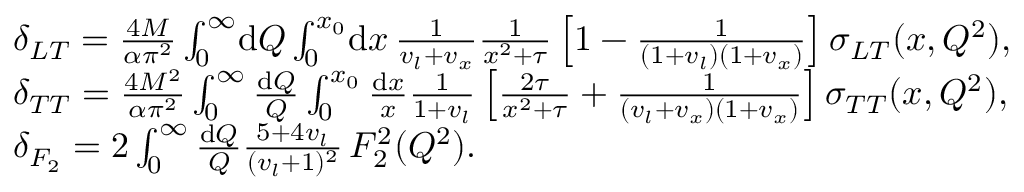
\begin{array} { r l } & { \delta _ { L T } = \frac { 4 M } { \alpha \pi ^ { 2 } } \int _ { 0 } ^ { \infty } \! \mathrm { d } Q \int _ { 0 } ^ { x _ { 0 } } \! \mathrm { d } x \, \frac { 1 } { v _ { l } + v _ { x } } \frac { 1 } { x ^ { 2 } + \tau } \left[ 1 - \frac { 1 } { ( 1 + v _ { l } ) ( 1 + v _ { x } ) } \right] \sigma _ { L T } ( x , Q ^ { 2 } ) , } \\ & { \delta _ { T T } = \frac { 4 M ^ { 2 } } { \alpha \pi ^ { 2 } } \int _ { 0 } ^ { \infty } \frac { \mathrm { d } Q } { Q } \int _ { 0 } ^ { x _ { 0 } } \frac { \mathrm { d } x } { x } \frac { 1 } { 1 + v _ { l } } \left[ \frac { 2 \tau } { x ^ { 2 } + \tau } + \frac { 1 } { ( v _ { l } + v _ { x } ) ( 1 + v _ { x } ) } \right] \sigma _ { T T } ( x , Q ^ { 2 } ) , } \\ & { \delta _ { F _ { 2 } } = 2 \int _ { 0 } ^ { \infty } \frac { \mathrm { d } Q } { Q } \frac { 5 + 4 v _ { l } } { ( v _ { l } + 1 ) ^ { 2 } } \, F _ { 2 } ^ { 2 } ( Q ^ { 2 } ) . } \end{array}